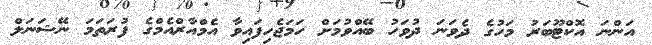
އަންނަ އޮކްޓޫބަރު މަހުގެ ދެވަނަ ދުވަހު ބޭއްވުމަށް ހަމަޖެހިފައިވާ އެމްއާރްއެމްގެ ފުރަތަމަ ނޭޝަނަލް